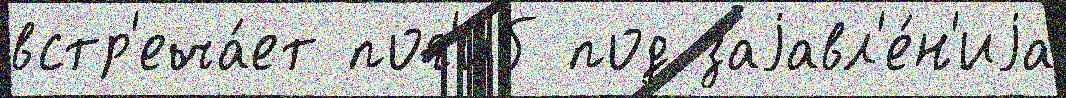
встр'еча́ет пог'и́б под заjавл'е́н'иjа